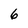
Character: 6